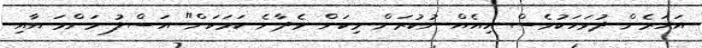
އަހަރެން ދުވަހަކުވެސް ހިއެއް ނުކުރަން މިކަން ވެދާނެ ކަމަަކަށް" އަސްލު މަންމަ އާއި